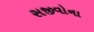
સજીવોના